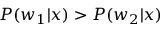
P ( w _ { 1 } | x ) > P ( w _ { 2 } | x )